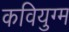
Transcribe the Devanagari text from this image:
कवियुग्म